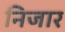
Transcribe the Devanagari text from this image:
निजार